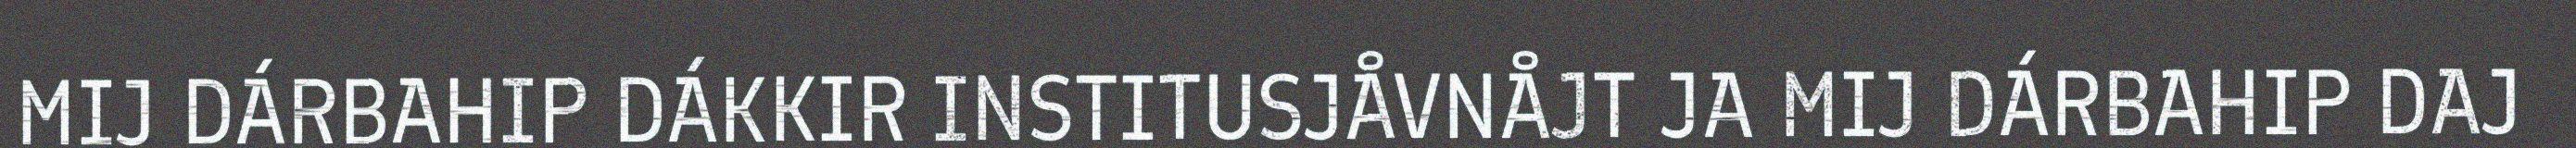
MIJ DÁRBAHIP DÁKKIR INSTITUSJÅVNÅJT JA MIJ DÁRBAHIP DAJ